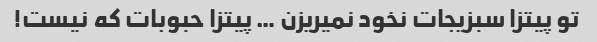
تو پیتزا سبزیجات نخود نمیریزن … پیتزا حبوبات که نیست!